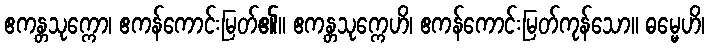
ဧကန္တသုက္ကော၊ ဧကန်ကောင်းမြတ်၏။ ဧကန္တသုက္ကေဟိ၊ ဧကန်ကောင်းမြတ်ကုန်သော။ ဓမ္မေဟိ၊